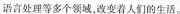
语言处理等多个领域，改变着人们的生活